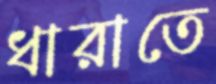
ধারাতে